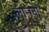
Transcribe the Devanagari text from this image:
लान्ग्वा